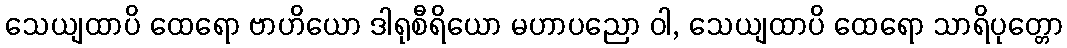
သေယျထာပိ ထေရော ဗာဟိယော ဒါရုစီရိယော မဟာပညော ဝါ, သေယျထာပိ ထေရော သာရိပုတ္တော